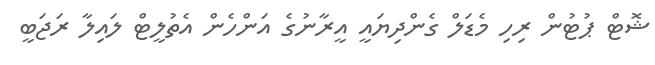
ޝޮޓް ޕުޓުން ރިހި މެޑަލް ގެންދިޔައީ އީރާނުގެ އަންހެން އެތުލީޓް ލައިލާ ރަޖަބީ